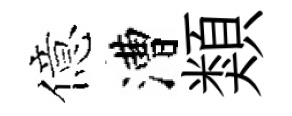
億漕類